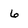
Character: 6